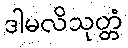
ဒါမလိသုတ္တံ